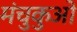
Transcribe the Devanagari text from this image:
मंचुकुओ